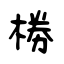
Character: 椦